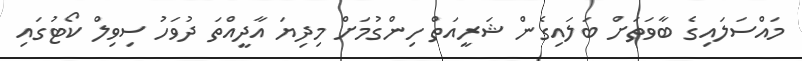
މައްސަލައިގެ ބާވަތަށް ބަލައިގެން ޝަރީއަތް ހިންގުމަށް މިދިޔަ އާދީއްތަ ދުވަހު ސިވިލް ކޯޓުގައި